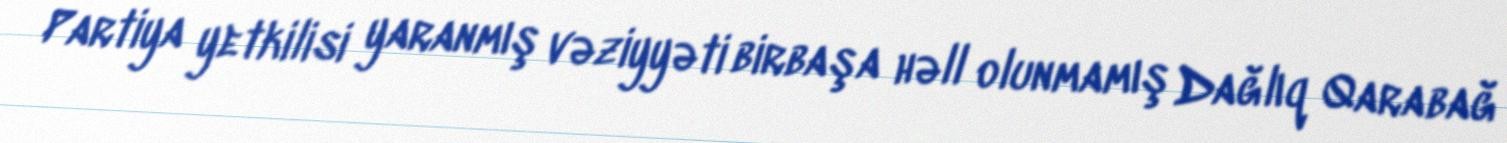
Partiya yetkilisi yaranmış vəziyyəti birbaşa həll olunmamış Dağlıq Qarabağ